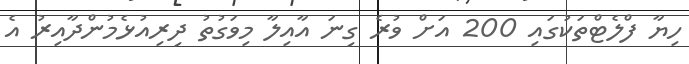
ހިޔާ ފްލެޓްތަކުގައި 200 އަށް ވުރެ ގިނަ އާއިލާ މިވަގުތު ދިރިއުޅެމުންދާއިރު އެ